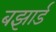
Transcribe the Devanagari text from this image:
बझार्ड